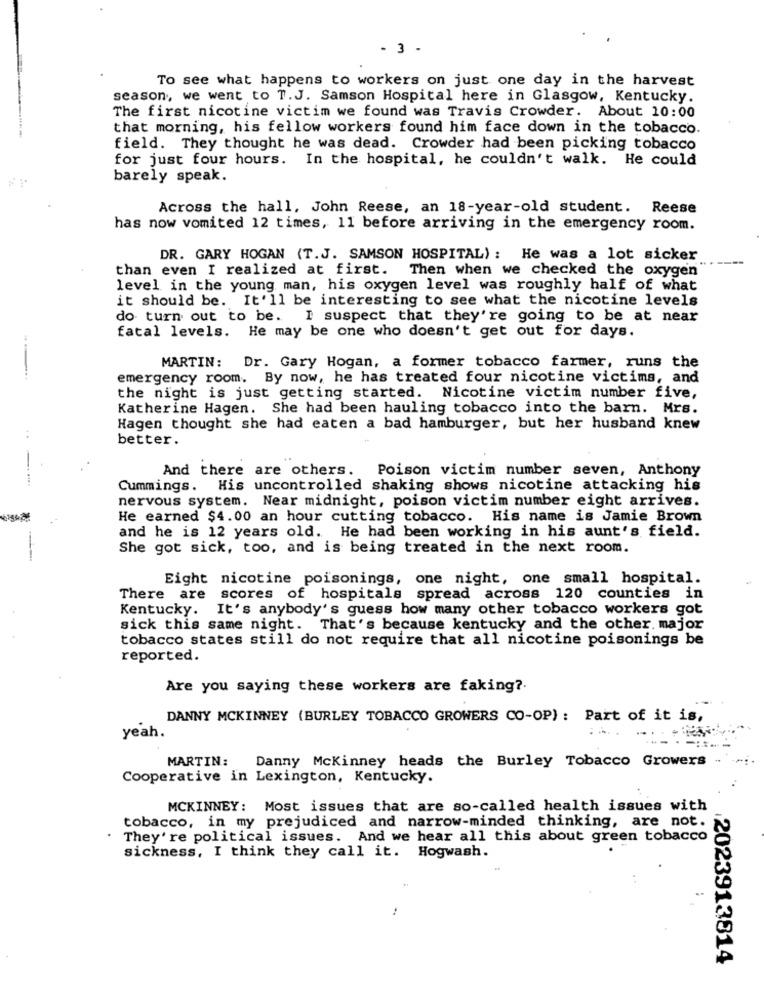
- 3 .
To see what happens to workers on just one day in the harvest
season, we went to T.J. Samson Hospital here in Glasgow, Kentucky.
The first nicotine victim we found was Travis Crowder. About 10:00
that morning, his fellow workers found him face down in the tobacco.
field. They thought he was dead. Crowder had been picking tobacco
for just four hours. In the hospital, he couldn't walk. He could
barely speak.
Across the hall, John Reese, an 18-year-old student. Reese
has now vomited 12 times, 11 before arriving in the emergency room.
DR. GARY HOGAN (T.J. SAMSON HOSPITAL) : He was a lot sicker
than even I realized at first.
Then when we checked the oxygen
level in the young man, his oxygen level was roughly half of what
it should be. It'll be interesting to see what the nicotine levels
do turn out to be. I suspect that they're going to be at near
fatal levels. He may be one who doesn't get out for days.
MARTIN: Dr. Gary Hogan, a former tobacco farmer, runs the
emergency room. By now, he has treated four nicotine victims, and
the night is just getting started. Nicotine victim number five,
Katherine Hagen. She had been hauling tobacco into the barn. Mrs.
Hagen thought she had eaten a bad hamburger, but her husband knew
better.
And there are others. Poison victim number seven, Anthony
--.
Cummings. His uncontrolled shaking shows nicotine attacking his
nervous system. Near midnight, poison victim number eight arrives.
He earned $4.00 an hour cutting tobacco. His name is Jamie Brown
and he is 12 years old. He had been working in his aunt's field.
She got sick, too, and is being treated in the next room.
Eight nicotine poisonings, one night, one small hospital.
There are
scores of hospitals spread across 120 counties in
Kentucky.
It's anybody's guess how many other tobacco workers got
sick this same night. That's because kentucky and the other. major
tobacco states still do not require that all nicotine poisonings be
reported.
Are you saying these workers are faking ?.
DANNY MCKINNEY (BURLEY TOBACCO GROWERS CO-OP) : Part of it is,
yeah.
Danny Mckinney heads the Burley Tobacco Growers ..
MARTIN:
Cooperative in Lexington, Kentucky.
MCKINNEY: Most issues that are so-called health issues with
tobacco, in my prejudiced and narrow-minded thinking, are not.
They're political issues. And we hear all this about green tobacco
sickness, I think they call it. Hogwash.
:
2023913814